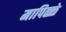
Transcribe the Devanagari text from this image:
मापिळ्ळे